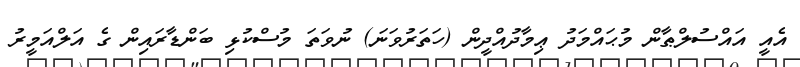
އެއީ އައްސުލްޠާން މުޙައްމަދު ޢިމާދުއްދީން (ހަތަރުވަނަ) ނުވަތަ މުސްކުޅި ބަންޑާރައިން ގެ އަލްއަމީރު